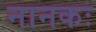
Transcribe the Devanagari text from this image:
नानकः